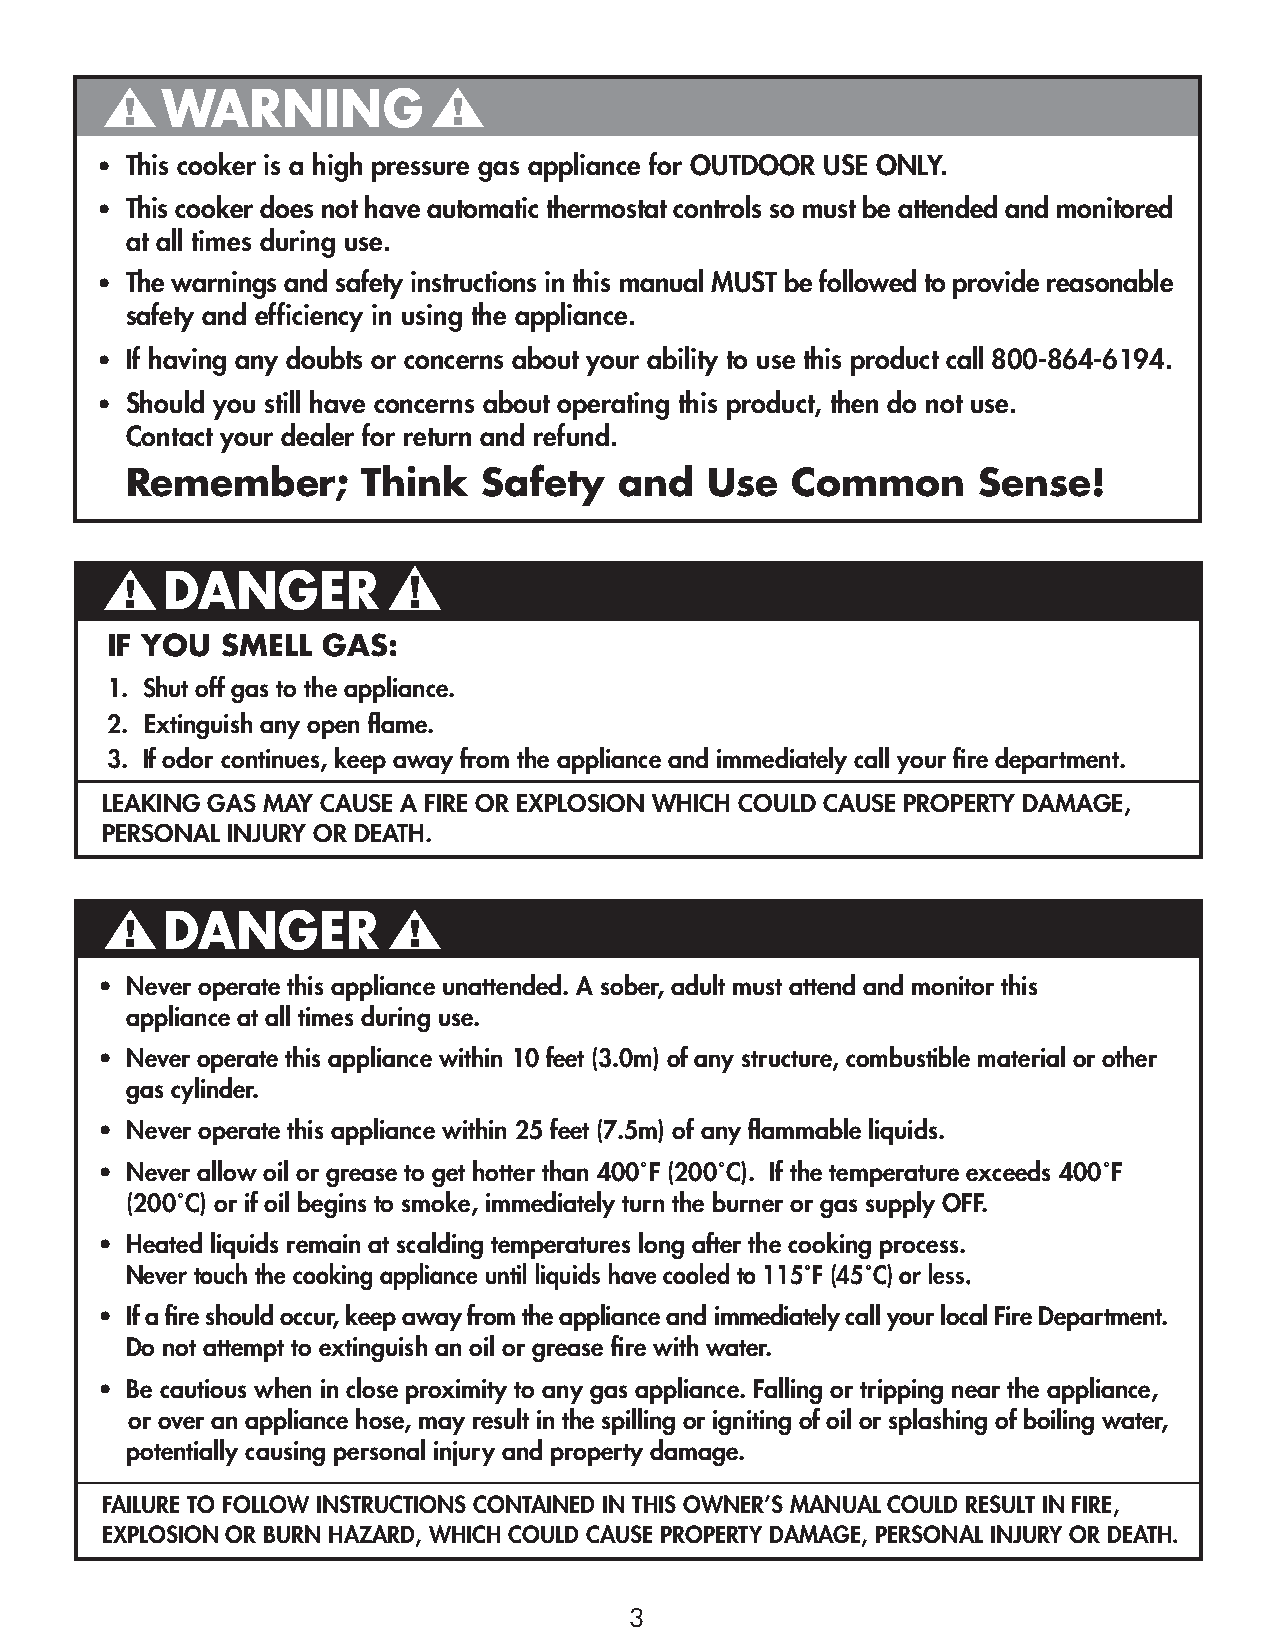
WARNING
 • This cooker is a high pressure gas appliance for OUTDOOR USE ONLY.
 • This cooker does not have automatic thermostat controls so must be attended and monitoredat all times during use.
 • The warnings and safety instructions in this manual MUST be followed to provide reasonable
 safety and efficiency in using the appliance.
 • If having any doubts or concerns about your ability to use this product call 800-864-6194.
 • Should you still have concerns about operating this product, then do not use.
 Contact your dealer for return and refund.
 Remember;       Think   Safety   and   Use  Common       Sense!
 DANGER
 IF YOU  SMELL GAS:
 1. Shut off gas to the appliance.
 2. Extinguish any open flame.
 3. If odor continues, keep away from the appliance and immediately call your fire department.
 LEAKING GAS MAY CAUSE A FIRE OR EXPLOSION WHICH COULD CAUSE PROPERTY DAMAGE,
 PERSONAL INJURY OR DEATH.
 DANGER
 • Never operate this appliance unattended. A sober, adult must attend and monitor this
 appliance at all times during use.
 • Never operate this appliance within 10 feet (3.0m) of any structure, combustible material or other
 gas cylinder.
 • Never operate this appliance within 25 feet (7.5m) of any flammable liquids.
 • Never allow oil or grease to get hotter than 400˚F (200˚C). If the temperature exceeds 400˚F
 (200˚C) or if oil begins to smoke, immediately turn the burner or gas supply OFF.
 • Heated liquids remain at scalding temperatures long after the cooking process.
 Never touch the cooking appliance until liquids have cooled to 115˚F (45˚C) or less.
 • If a fire should occur, keep away from the appliance and immediately call your local Fire Department.
 Do not attempt to extinguish an oil or grease fire with water.
 • Be cautious when in close proximity to any gas appliance. Falling or tripping near the appliance,
 or over an appliance hose, may result in the spilling or igniting of oil or splashing of boiling water,
 potentially causing personal injury and property damage.
 FAILURE TO FOLLOW INSTRUCTIONS CONTAINED IN THIS OWNER’S MANUAL COULD RESULT IN FIRE,
 EXPLOSION OR BURN HAZARD, WHICH COULD CAUSE PROPERTY DAMAGE, PERSONAL INJURY OR DEATH.
 3